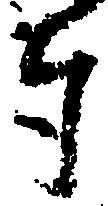
奉